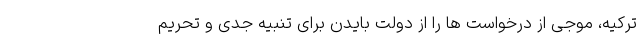
ترکیه، موجی از درخواست ها را از دولت بایدن برای تنبیه جدی و تحریم